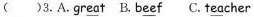
( )3.A.Gr \underline{ea} t B.B \underline{ee} f C.T \underline{ea} cher